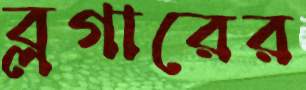
ব্লগারের